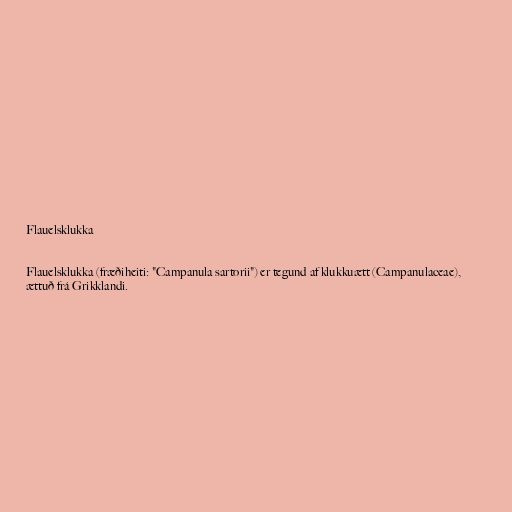
Flauelsklukka

Flauelsklukka (fræðiheiti: "Campanula sartorii") er tegund af klukkuætt (Campanulaceae),
ættuð frá Grikklandi.